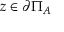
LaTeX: z \in \partial \Pi _ { A }